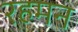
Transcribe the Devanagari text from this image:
रहमन